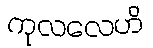
ကုလလေဟိ